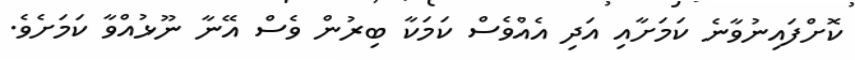
ކޮށްފައިނުވާނެ ކަމަށާއި އަދި އެއްވެސް ކަމަކާ ބިރުން ވެސް އޭނާ ނޫޅުއްވާ ކަމަށެވެ.